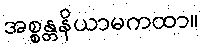
အစ္စန္တနိယာမကထာ။